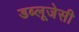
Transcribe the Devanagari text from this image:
डब्लूजेसी